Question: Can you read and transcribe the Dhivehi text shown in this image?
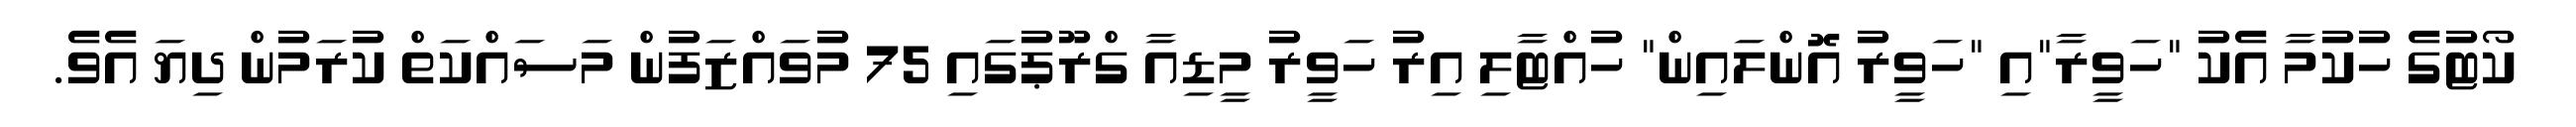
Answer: ކޯޓުގެ ހުކުމާ އެކު "ހަވީރާ"އި "ހަވީރު އޮންލައިން" ހުއްޓާލި އިރު ހަވީރު މީޑިއާ ގްރޫޕުގައި 75 މުވައްޒަފުން މަސައްކަތް ކުރަމުން ދިޔަ އެވެ.